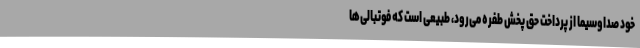
خود صداوسیما از پرداخت حق پخش طفره می‌رود، طبیعی است که فوتبالی‌ها